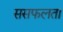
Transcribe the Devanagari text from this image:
ससफलता